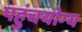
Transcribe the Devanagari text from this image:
पहुंचयोग्य